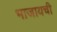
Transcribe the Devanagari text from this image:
भाजायची